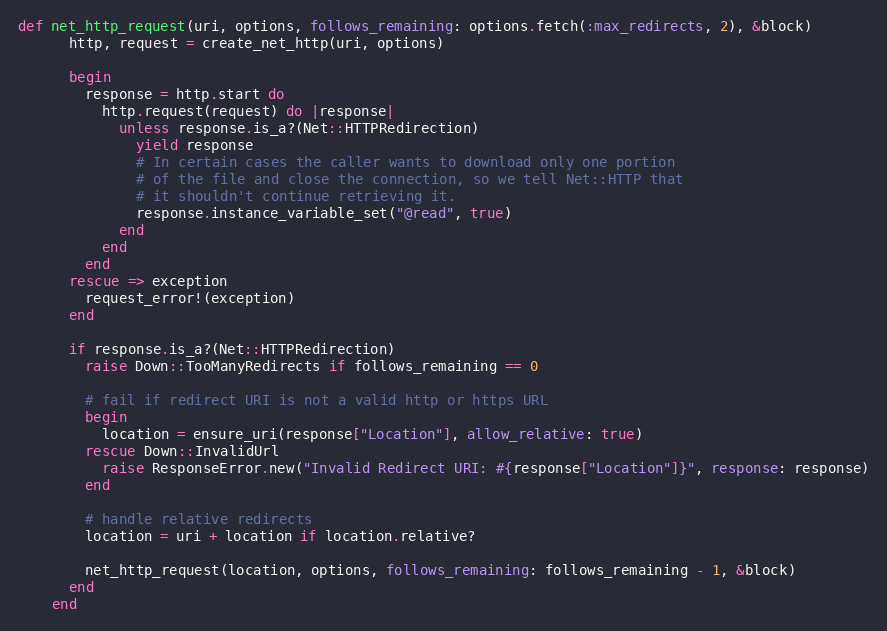
Language: Ruby
def net_http_request(uri, options, follows_remaining: options.fetch(:max_redirects, 2), &block)
      http, request = create_net_http(uri, options)

      begin
        response = http.start do
          http.request(request) do |response|
            unless response.is_a?(Net::HTTPRedirection)
              yield response
              # In certain cases the caller wants to download only one portion
              # of the file and close the connection, so we tell Net::HTTP that
              # it shouldn't continue retrieving it.
              response.instance_variable_set("@read", true)
            end
          end
        end
      rescue => exception
        request_error!(exception)
      end

      if response.is_a?(Net::HTTPRedirection)
        raise Down::TooManyRedirects if follows_remaining == 0

        # fail if redirect URI is not a valid http or https URL
        begin
          location = ensure_uri(response["Location"], allow_relative: true)
        rescue Down::InvalidUrl
          raise ResponseError.new("Invalid Redirect URI: #{response["Location"]}", response: response)
        end

        # handle relative redirects
        location = uri + location if location.relative?

        net_http_request(location, options, follows_remaining: follows_remaining - 1, &block)
      end
    end